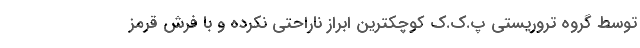
توسط گروه تروریستی پ.ک.ک کوچکترین ابراز ناراحتی نکرده و با فرش‌ قرمز